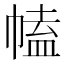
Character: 𢄍